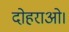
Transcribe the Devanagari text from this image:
दोहराओ।